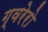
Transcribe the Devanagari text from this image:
ग्वरेरो